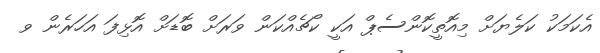
އެކަމަކު ކަލެޔަށް މިއޮތީކޮންސެޕް އަކީ ކޯޗެއްކަން ވަރަށް ބޮޑަށް އޮޅިފަ އަހަރެން ވ